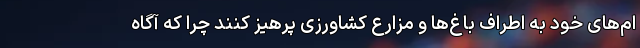
ام‌های خود به اطراف باغ‌ها و مزارع کشاورزی پرهیز کنند چرا که آگاه